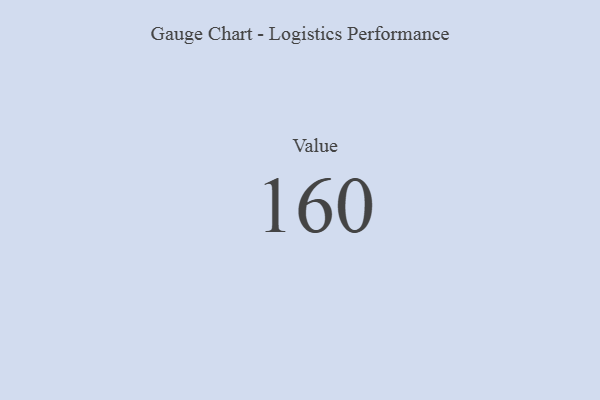
{"axis": {"x": "Metric", "y": "Value"}, "legend": [""], "data": [{"x": "Value", "y": 160, "type": ""}]}